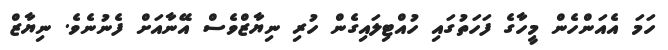
ހަމަ އެއަންހެން މީހާގެ ފަހަތުގައި ހުއްޓިލައިގެން ހުރި ނިޔާޒްވެސް އޭނާއަށް ފެނުނެވެ. ނިޔާޒް